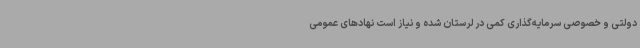
دولتی و خصوصی سرمایه‌گذاری کمی در لرستان شده و نیاز است نهادهای عمومی